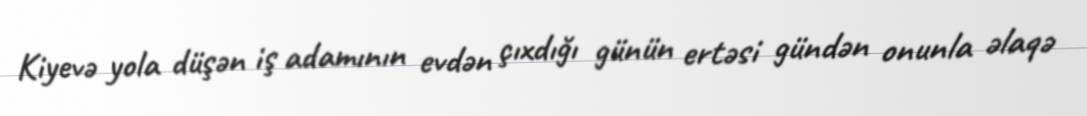
Kiyevə yola düşən iş adamının evdən çıxdığı günün ertəsi gündən onunla əlaqə